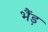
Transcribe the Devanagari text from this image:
भैंड़